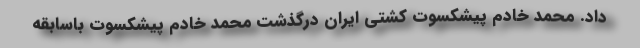
داد. محمد خادم پیشکسوت کشتی ایران درگذشت محمد خادم پیشکسوت باسابقه